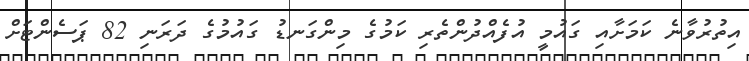
އިތުރުވާނެ ކަމަށާއި ގައުމީ އުފެއްދުންތެރި ކަމުގެ މިންގަނޑު ގައުމުގެ ދަރަނި 82 ޕަސެންޓަށް